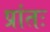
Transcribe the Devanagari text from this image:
प्रांतः